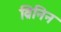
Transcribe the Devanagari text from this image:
ब्रिनिन